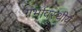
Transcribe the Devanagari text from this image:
गर्भावस्थीय